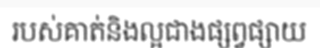
របស់គាត់និងល្អជាងផ្សព្វផ្សាយ